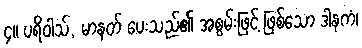
၄။ ပရိဝါသ်, မာနတ် ပေးသည်၏ အစွမ်းဖြင့် ဖြစ်သော ဒါနကံ၊